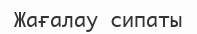
Жағалау сипаты